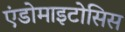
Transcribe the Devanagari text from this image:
एंडोमाइटोसिस